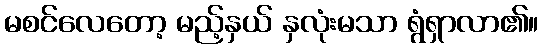
မစင်လေတော့ မည့်နှယ် နှလုံးမသာ ရွံရှာလာ၏။